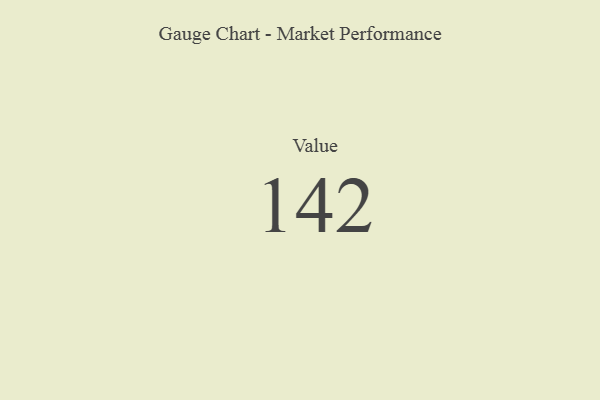
{"axis": {"x": "Metric", "y": "Value"}, "legend": [""], "data": [{"x": "Value", "y": 142, "type": ""}]}